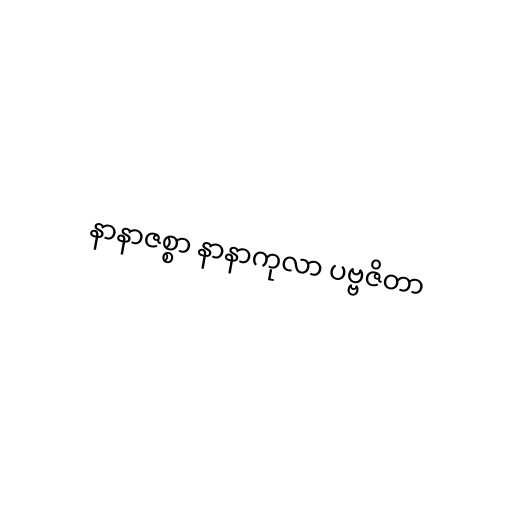
နာနာဇစ္စာ နာနာကုလာ ပဗ္ဗဇိတာ